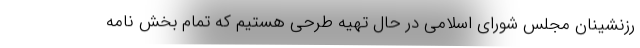
رزنشینان مجلس شورای اسلامی در حال تهیه طرحی هستیم که تمام بخش نامه